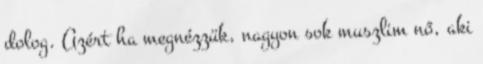
dolog. Azért ha megnézzük, nagyon sok muszlim nő, aki